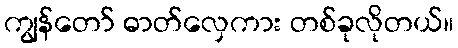
ကျွန်တော် ဓာတ်လှေကား တစ်ခုလိုတယ်။